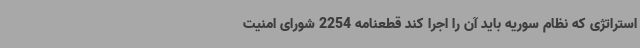
استراتژی که نظام سوریه باید آن را اجرا کند قطعنامه 2254 شورای امنیت